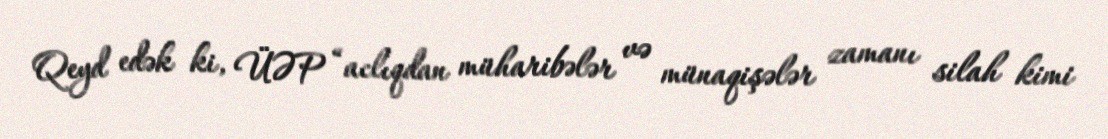
Qeyd edək ki, ÜƏP “aclıqdan müharibələr və münaqişələr zamanı silah kimi